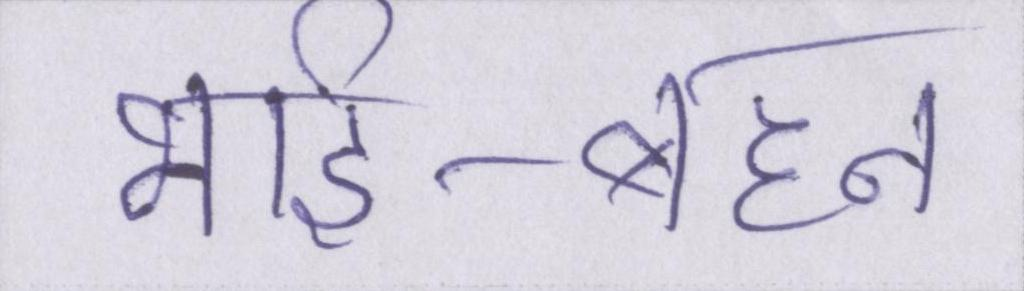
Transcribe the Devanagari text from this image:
भाई-बहन